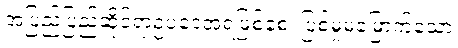
အပြည်ပြည်ဆိုင်ရာဥပဒေအရဖြစ်စေ၊ ပြစ်မှုမမြောက်သော